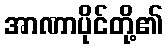
အာဏာပိုင်တို့၏